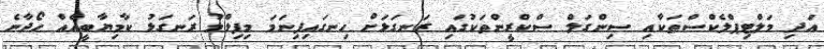
އަދި މަލްޓިޕްލެކްސްތަކާއި ސިންގަލް ސްކްރީންތަކުގައި ރަނގަޅަށް ހިނގައިފިނަމަ މިފިލްމު ރަނގަޅު ކާމިޔާބީއެއް ހޯދާނެ